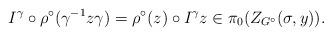
LaTeX: \begin{align*}I^\gamma \circ \rho^\circ (\gamma^{-1} z \gamma) = \rho^\circ (z) \circ I^\gamma z \in \pi_0 (Z_{G^\circ}(\sigma,y)) .\end{align*}